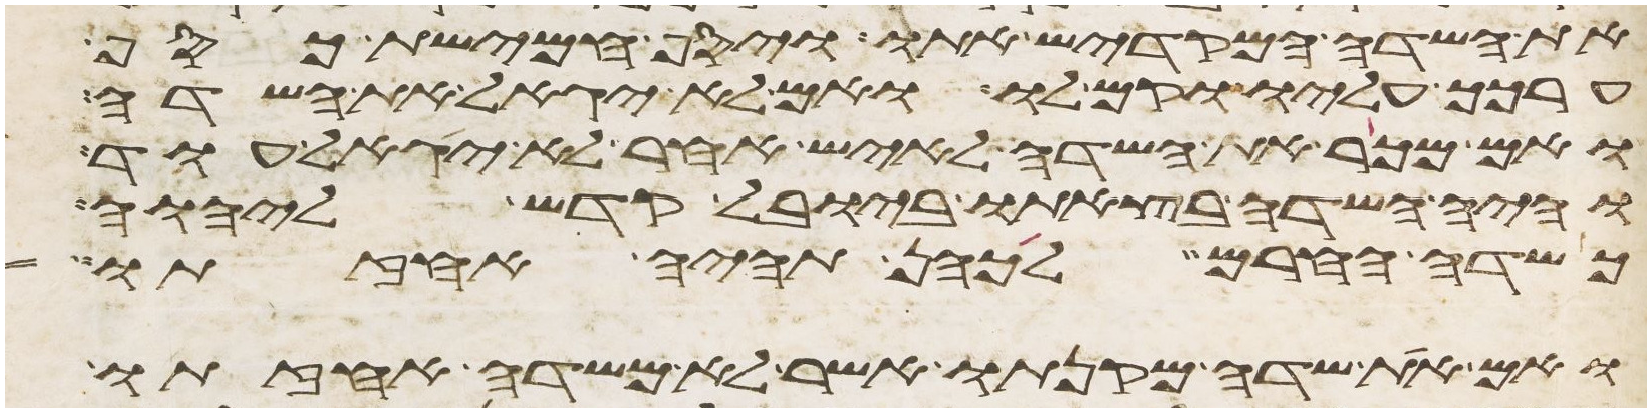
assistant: את השדה המקדיש אתו ויסף חמישת כסף
ערכך עליו וקם לו ואם לא יגאל את השדה
ואם מכר את השדה לאיש אחר לא יגאל עוד
והיה השדה בצאתו ביובל קדש ליהוה
כשדה החרם לכהן תהיה אחזתו
ואם את שדה מקנתו אשר לא משדה אחזתו